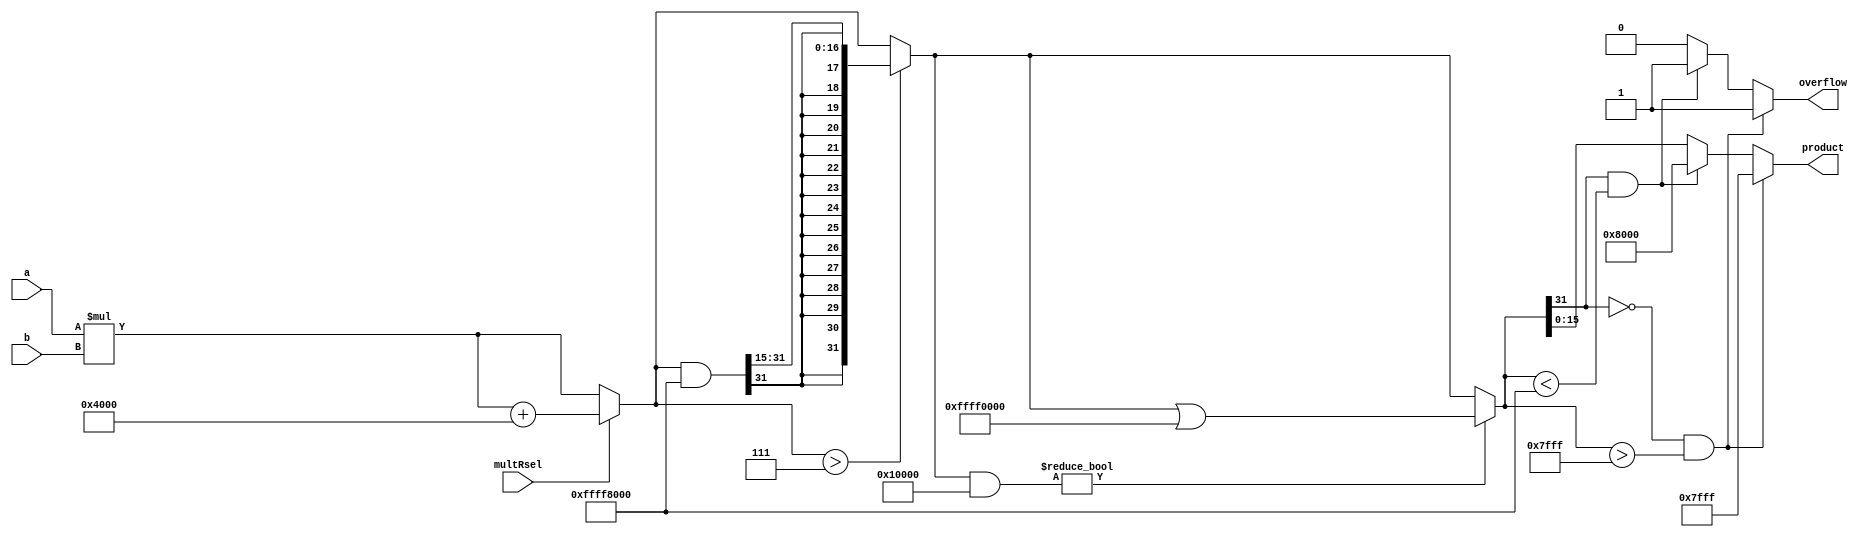
//////////////////////////////////////////////////////////////////////////////////
// Mississippi State University 
// ECE 4532-4542 Senior Design
// 
// Module Name:    mult
// Project Name: 	 ITU G.729 Hardware Implementation
// Target Devices: Virtex 5
// Tool versions:  Xilinx 9.2i
// Description: 	 This is a 16 bit input, 32 bit output multiplier .
//						 If the product exceeds the limit for 32 bit numbers, overflow will go high
// 					 and the output will be set to the 32bit limit
//
// Dependencies: 	 N/A
//
// Revision: 
// Revision 0.01 - File Created
// Additional Comments: 
//
//////////////////////////////////////////////////////////////////////////////////
module mult(a, b,multRsel,overflow, product);

input [15:0] a, b;
input multRsel;		//This input is for whenever the mult_r function is needed.
output reg overflow;
output [15:0] product;

wire signed [15:0] a,b;
reg signed [15:0] product;

parameter MIN_32 = 32'hffff_8000;
parameter MAX_32 = 32'h0000_7fff;
parameter MIN_16 = 16'h8000;
parameter MAX_16 = 16'h7fff;

reg signed [31:0] temp;

always @(*) 
begin
	overflow = 0;
	temp = a*b;
	if(multRsel)
		temp = temp + 32'h0000_4000;
	//I don't know where these magic numbers came from, except from the C model.
	//I think they have something to do with the precision of the multiplication
   if(temp > 'd7)
	begin
		temp = temp & 32'hffff_8000;	
		temp = temp >>> 15;
	end
	
	if((temp & 32'h0001_0000)!=0)
		temp = temp | 32'hffff_0000;
		
		//what follows replicates the saturate function	
		
	if((temp[31] == 0 )&& (temp > MAX_32)) 
	begin
		product = MAX_16;
		overflow = 1;
	end

	else if((temp[31] == 1) && (temp < MIN_32)) 
	begin
		product = MIN_16;
		overflow = 1;
	end
	
	else
	begin
		product = temp[15:0];
		overflow = 0;
	end
	
end
endmodule